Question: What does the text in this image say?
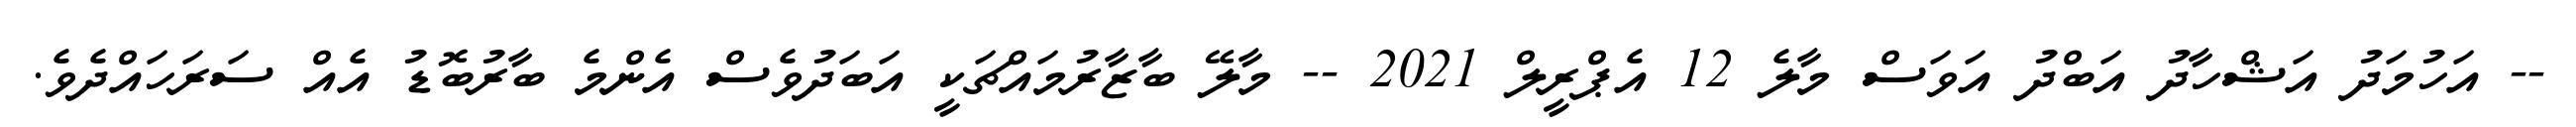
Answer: -- އަހުމަދު އަޝްހާދު އަބްދު އަވަސް މާލެ 12 އެޕްރީލް 2021 -- މާލޭ ބާޒާރުމައްޗަކީ އަބަދުވެސް އެންމެ ބާރުބޮޑު އެއް ސަރަހައްދެވެ.